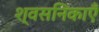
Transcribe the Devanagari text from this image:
श्वसनिकाएँ